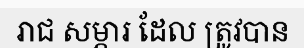
រាជ សម្ភារ ដែល ត្រូវបាន